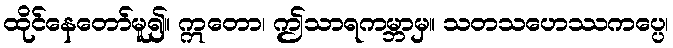
ထိုင်နေတော်မူ၍။ ဣတော၊ ဤသာရကမ္ဘာမှ။ သတသဟေဿကပ္ပေ၊